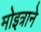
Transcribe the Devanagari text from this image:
मोइत्राने